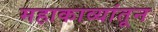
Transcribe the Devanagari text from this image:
महाकाव्यांतून